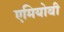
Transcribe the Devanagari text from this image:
एमियोबी